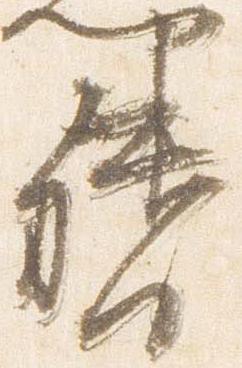
督